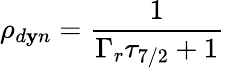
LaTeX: \rho_{d\mathbf{y}n}={\frac{{1}}{{\Gamma_{r}\tau_{7/2}+1}}}